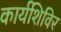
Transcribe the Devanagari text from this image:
कार्यशिविर